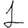
Digit: 1